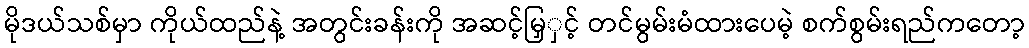
မိုဒယ်သစ်မှာ ကိုယ်ထည်နဲ့ အတွင်းခန်းကို အဆင့်မြှှင့် တင်မွမ်းမံထားပေမဲ့ စက်စွမ်းရည်ကတော့